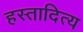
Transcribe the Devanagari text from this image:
हस्तादित्य